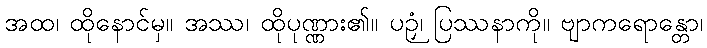
အထ၊ ထိုနောင်မှ။ အဿ၊ ထိုပုဏ္ဏား၏။ ပဉှံ၊ ပြဿနာကို။ ဗျာကရောန္တော၊